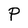
Character: P